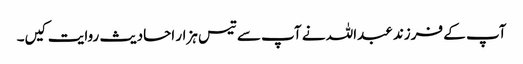
آپ کے فرزند عبداللہ نے آپ سے تیس ہزار احادیث روایت کیں۔